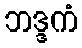
ဘဒ္ဒကံ